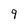
Character: 9